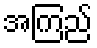
အကြည်